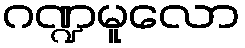
ဂဏ္ဍမူလော